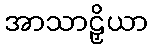
အာသာဠှိယာ